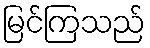
မြင်ကြသည်